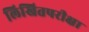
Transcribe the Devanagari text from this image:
लिखितपरीक्षा